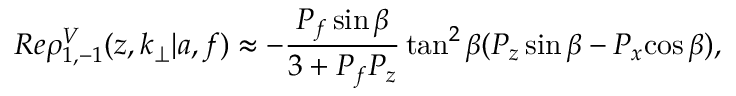
R e \rho _ { 1 , - 1 } ^ { V } ( z , k _ { \perp } | a , f ) \approx - \frac { P _ { f } \sin { \beta } } { 3 + P _ { f } P _ { z } } \tan ^ { 2 } { \beta } ( P _ { z } \sin { \beta } - P _ { x } { \cos { \beta } } ) ,